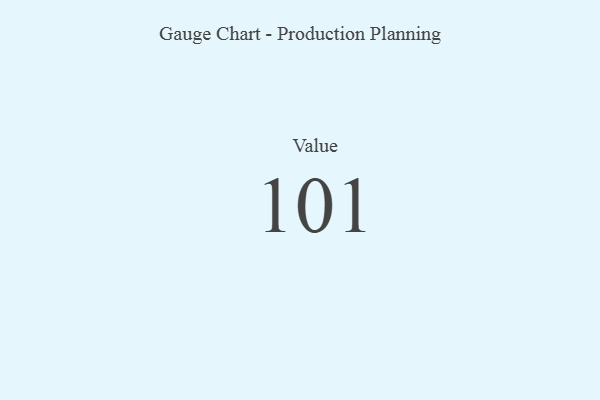
{"axis": {"x": "Metric", "y": "Value"}, "legend": [""], "data": [{"x": "Value", "y": 101, "type": ""}]}